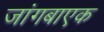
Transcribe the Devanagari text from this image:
जांगबाएक